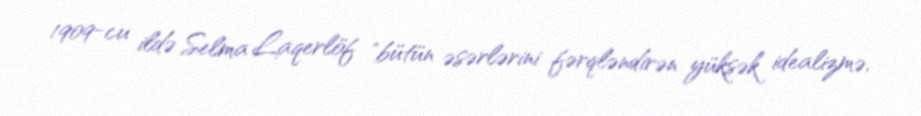
1909-cu ildə Selma Laqerlöf "bütün əsərlərini fərqləndirən yüksək idealizmə,